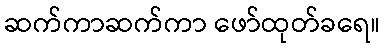
ဆက်ကာဆက်ကာ ဖော်ထုတ်ခရေ။